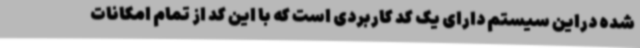
شده دراین سیستم دارای یک کد کاربردی است که با این کد از تمام امکانات